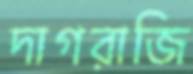
দাগরাজি